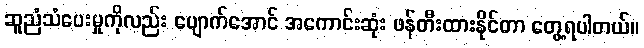
ဆူညံသံပေးမှုကိုလည်း ပျောက်အောင် အကောင်းဆုံး ဖန်တီးထားနိုင်တာ တွေ့ရပါတယ်။